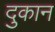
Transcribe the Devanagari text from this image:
दुकान